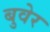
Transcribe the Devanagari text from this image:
बुवेर